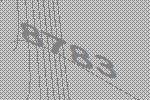
8783